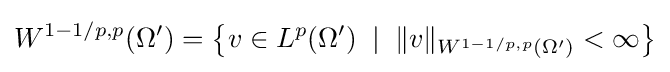
W^{1-1/p,p}(\Omega ')=\left\{v\in L^{p}(\Omega ')\;\mid \;\|v\|_{W^{1-1/p,p}(\Omega ')}<\infty \right\}